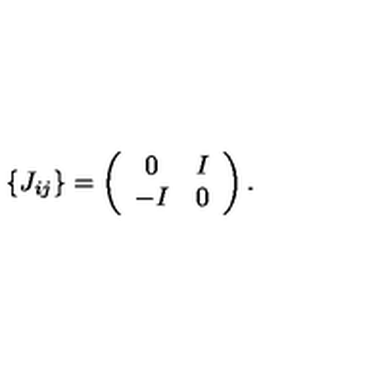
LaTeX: \{ J _ { i j } \} = \left( \begin{array} { c c } { 0 } & { I } \\ { - I } & { 0 } \\ \end{array} \right) .